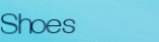
Shoes